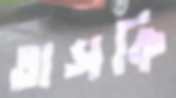
তাসকি